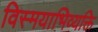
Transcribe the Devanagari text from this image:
विस्मयाभिव्यक्ति